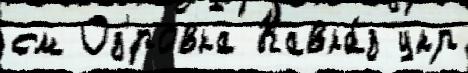
см Оз'́ровка Кавка́з укр